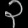
Digit: ၃